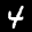
Label: 4